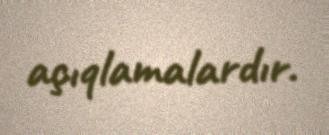
açıqlamalardır.